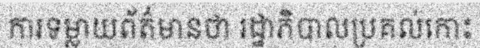
ការទម្លាយព័ត៌មានថា រដ្ឋាភិបាលប្រគល់កោះ